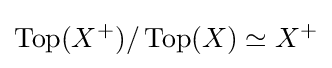
\operatorname {Top} (X^{+})/\operatorname {Top} (X)\simeq X^{+}